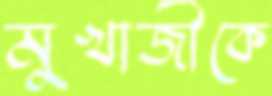
মুখার্জীকে